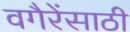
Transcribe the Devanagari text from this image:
वगैरेंसाठी